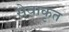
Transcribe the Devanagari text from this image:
सेवाकृत